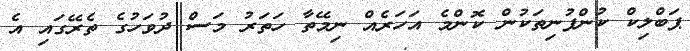
ޕަބްލިކް ކުންފުނިތަކުން ކޮންމެ އަހަރެއް ނިމޭތާ ހަތަރު މަސް ދުވަހުގެ ތެރޭގައި އެ